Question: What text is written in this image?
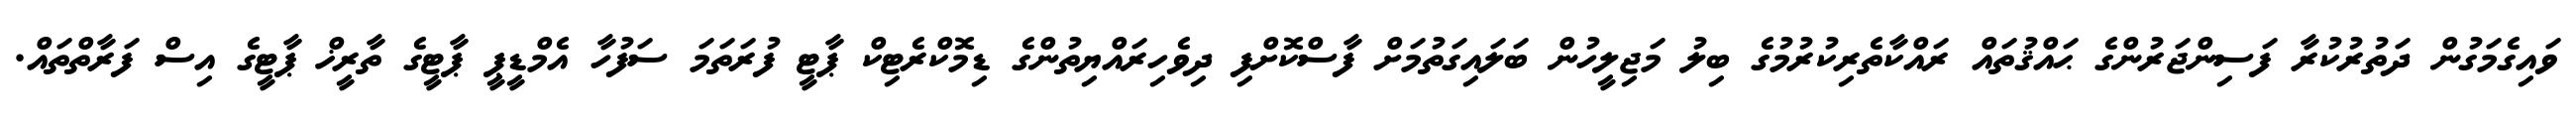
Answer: ވައިގެމަގުން ދަތުރުކުރާ ފަސިންޖަރުންގެ ޙައްޤުތައް ރައްކާތެރިކުރުމުގެ ބިލު މަޖިލީހުން ބަލައިގަތުމަށް ފާސްކޮށްފި ދިވެހިރައްޔިތުންގެ ޑިމޮކްރެޓިކް ޕާޓީ ފުރަތަމަ ސަފުހާ އެމްޑީޕީ ޕާޓީގެ ތާރީޚް ޕާޓީގެ އިސް ފަރާތްތައް.